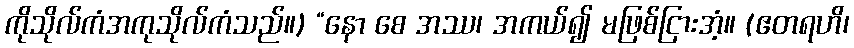
ကိုသိုလ်ကံအကုသိုလ်ကံသည်။) “နော စေ အဿ၊ အကယ်၍ မဖြစ်ငြားအံ့။ (ဧတရဟိ၊